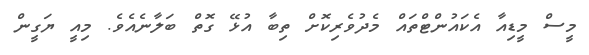
މީސް މީޑިއާ އެކައުންޓްތައް މެދުވެރިކޮށް ތިބާ އުޅޭ ގޮތް ބަލާނެއެވެ. މިއީ ޔަގީން